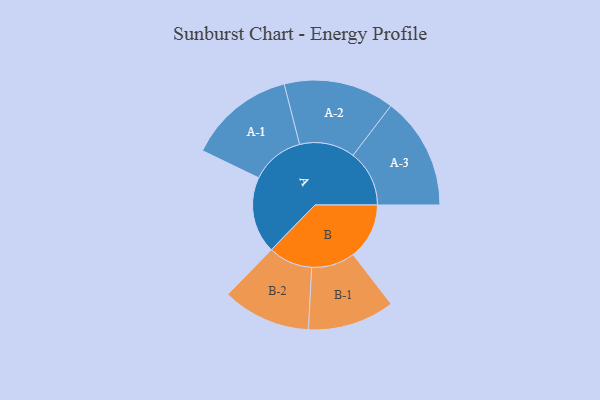
{"axis": {"x": "Segment", "y": "Value"}, "legend": ["", "A", "B"], "data": [{"x": "A", "y": 398, "type": ""}, {"x": "B", "y": 292, "type": ""}, {"x": "A-1", "y": 278, "type": "A"}, {"x": "A-2", "y": 288, "type": "A"}, {"x": "A-3", "y": 293, "type": "A"}, {"x": "B-1", "y": 226, "type": "B"}, {"x": "B-2", "y": 230, "type": "B"}]}